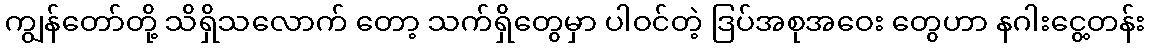
ကျွန်တော်တို့ သိရှိသလောက် တော့ သက်ရှိတွေမှာ ပါဝင်တဲ့ ဒြပ်အစုအဝေး တွေဟာ နဂါးငွေ့တန်း